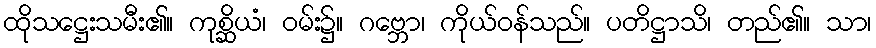
ထိုသဋ္ဌေးသမီး၏။ ကုစ္ဆိယံ၊ ဝမ်း၌။ ဂဗ္ဘော၊ ကိုယ်ဝန်သည်။ ပတိဋ္ဌာသိ၊ တည်၏။ သာ၊